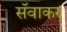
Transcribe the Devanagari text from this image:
सॅवाकर